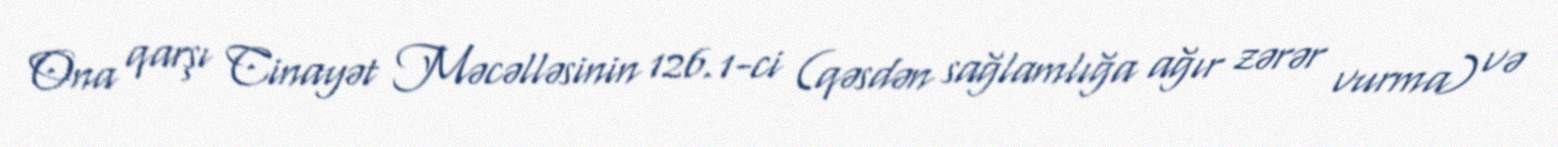
Ona qarşı Cinayət Məcəlləsinin 126.1-ci (qəsdən sağlamlığa ağır zərər vurma) və